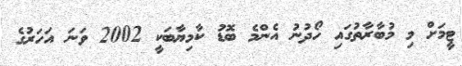
ޓީމަށް މި މުބާރާތުގައި ހޯދުނު އެންމެ ބޮޑު ކާމިޔާބަކީ 2002 ވަނަ އަހަރުގެ